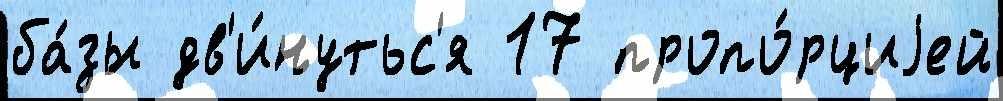
ба́зы дв'и́нутьс'я 17 пропо́рциjей